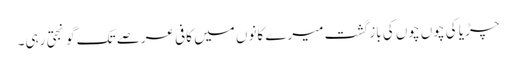
چڑیا کی چوں چوں کی باز گشت میرے کانوں میں کافی عرصے تک گونجتی رہی۔